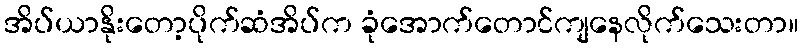
အိပ်ယာနိုးတော့ပိုက်ဆံအိပ်က ခုံအောက်တောင်ကျနေလိုက်သေးတာ။